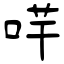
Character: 哶